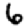
Digit: 6